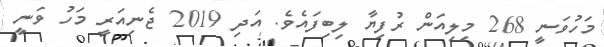
މަހުވަނީ 268 މިލިއަން ރުފިޔާ ލިބިފައެވެ. އަދި 2019 ޖެނިއަރީ މަހު ވަނީ